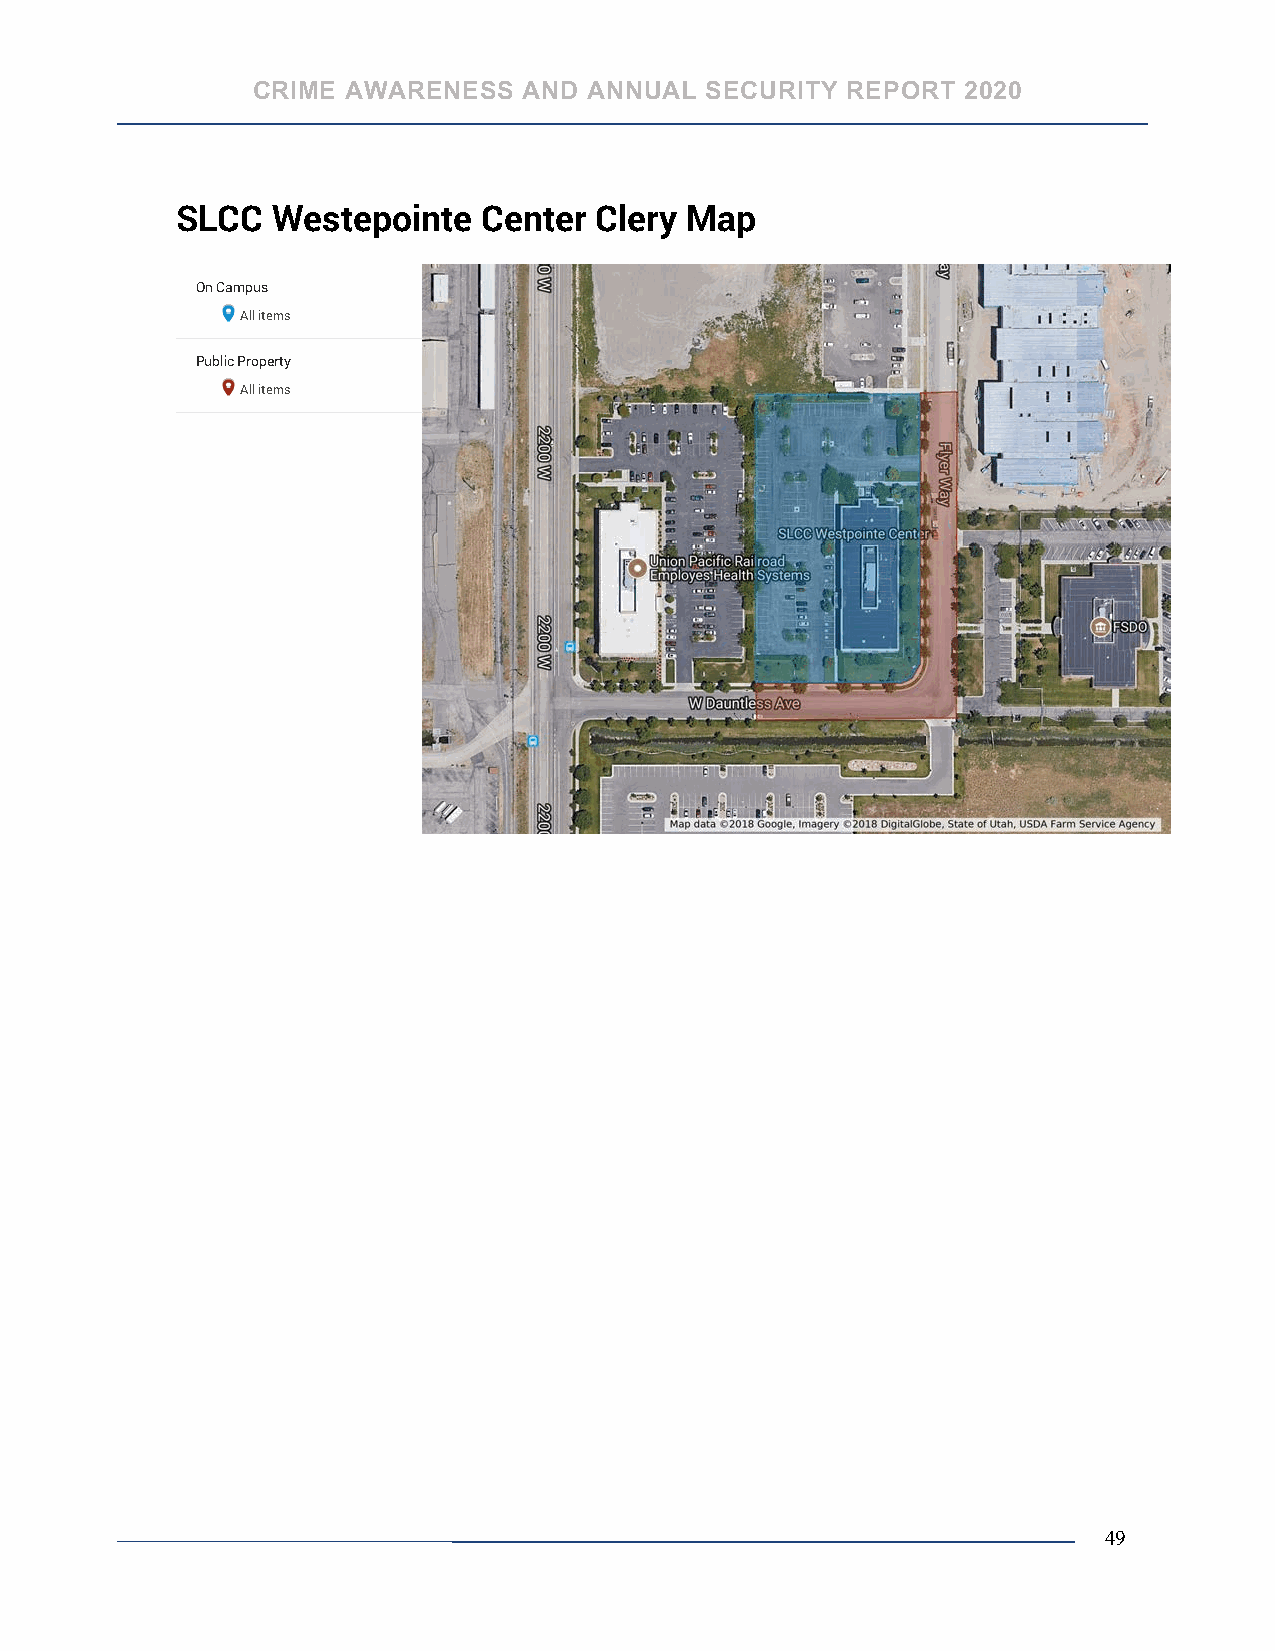
CRIME AWARENESS   AND ANNUAL  SECURITY REPORT  2020
 SLCC  Westepointe   Center Clery Map
 On Campus
 All items
 Public Property
 All items
 49